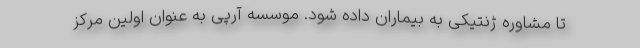
تا مشاوره ژنتیکی به بیماران داده شود. موسسه آرپی به عنوان اولین مرکز